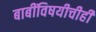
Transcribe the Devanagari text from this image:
बाबींविषयीचीही